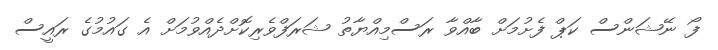
ފޯ ނޭޝަންސް ކަޕް ފެށުމަށް ބާއްވާ ރަސްމިއްޔާތު ޝަރަފްވެރިކޮށްދެއްވުމަށް އެ ގައުމުގެ ރައީސް